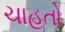
ચાહતો